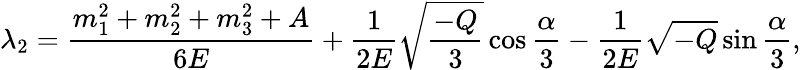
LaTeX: \lambda_{2}=\frac{m_{1}^{2}+m_{2}^{2}+m_{3}^{2}+A}{6E}+\frac 1{2E}\sqrt{\frac{-Q}3}\cos\frac\alpha 3-\frac 1{2E}\sqrt{-Q}\sin\frac\alpha 3,